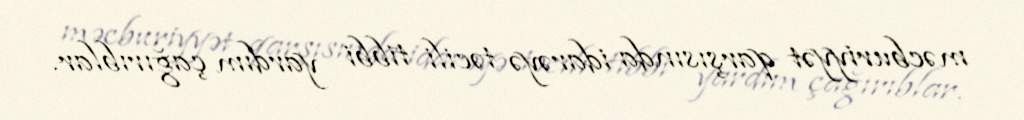
məcburiyyət qarşısında idarəyə təcili tibbi yardım çağırıblar.